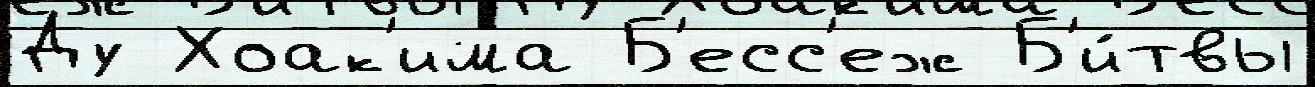
Ду Хоак'има Б'есс'еж Б'и́твы